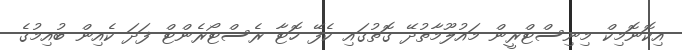
އިކޮނޮމިކް މިނިސްޓްރީން މައުލޫމާތުދޭ ގޮތުގައި ކެފޭ ހޮޓާ ރެސްޓޯރެންޓް ފަދަ ކެއިން ބުއިމުގެ